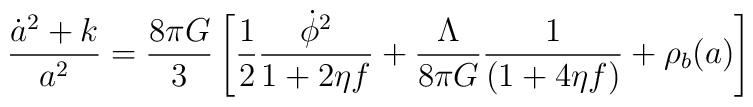
\frac{\dot a^2 +k}{a^2} = \frac{8\pi G}{3} \left[ \frac{1}{2} \frac{\dot \phi^2}{1+2\eta f} + \frac{\Lambda}{8\pi G}  \frac{1}{(1+4\eta f)} + {\rho_b(a)}\right]